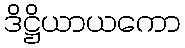
ဒိဋ္ဌိယာယကော